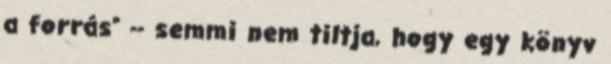
a forrás” -- semmi nem tiltja, hogy egy könyv